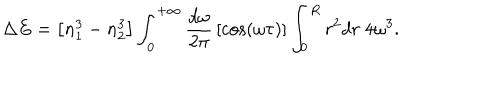
LaTeX: \Delta E = \left[ n _ { 1 } ^ { 3 } - n _ { 2 } ^ { 3 } \right] \int _ { 0 } ^ { + \infty } { \frac { d \omega } { 2 \pi } } \left[ \cos ( \omega \tau ) \right] \int _ { 0 } ^ { R } r ^ { 2 } d r \; 4 \omega ^ { 3 } .